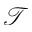
\mathcal { T }